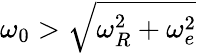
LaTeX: \omega_{0}>\sqrt{\omega_{R}^{2}+\omega_{e}^{2}}